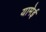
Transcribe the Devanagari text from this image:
यामेई